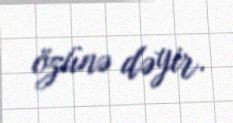
özünə dəyir.